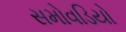
સમોવડિયો